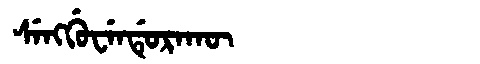
Manchu: ᠰᡝᠩᡤᡠᠸᡝᠨᡩᡠᡵᠠᡴᡡ
Romanization: SENGGUWENDURAKŪ